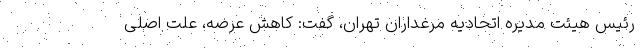
رئیس هیئت مدیره اتحادیه مرغداران تهران، گفت: کاهش عرضه، علت اصلی